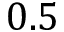
0 . 5